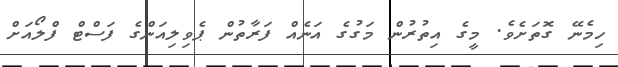
ހިމެނޭ ގޮތަށެވެ. މީގެ އިތުރުން މަގުގެ އަނެއް ފަރާތުން ޕެވިލިއަންގެ ފަސްޓް ފްލޯއަށް